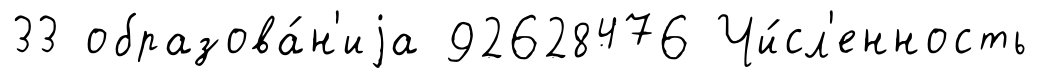
33 образова́н'иjа 92628476 Чи́сл'енность